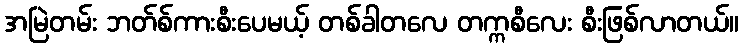
အမြဲတမ်း ဘတ်စ်ကားစီးပေမယ့် တစ်ခါတလေ တက္ကစီလေး စီးဖြစ်လာတယ်။